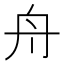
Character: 舟